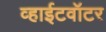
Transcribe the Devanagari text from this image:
व्हाईटवॉटर